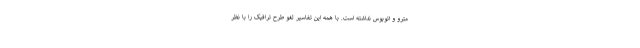
مترو و اتوبوس نداشته است. با همه این تفاسیر لغو طرح ترافیک را با نظر